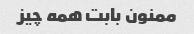
ممنون بابت همه چیز